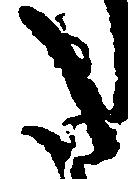
た